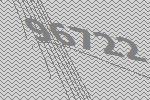
96722